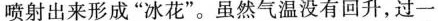
喷射出来形成”冰花”。虽然气温没有回升，过一